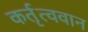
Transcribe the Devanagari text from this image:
कर्तृत्‍ववान